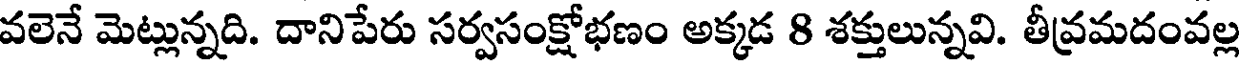
వలెనే మెట్లున్నది. దానిపేరు సర్వసంక్షోభణం అక్కడ 8 శక్తులున్నవి. తీవ్రమదంవల్ల